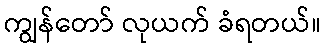
ကျွန်တော် လုယက် ခံရတယ်။